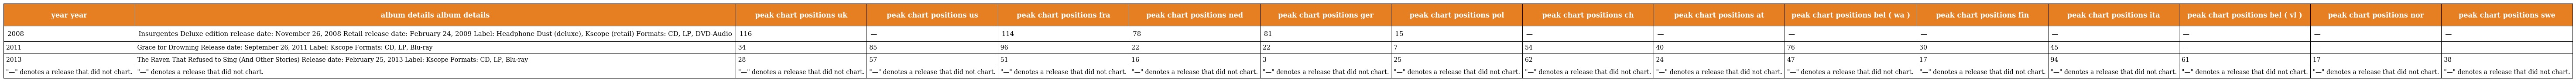
| year year | album details album details | peak chart positions uk | peak chart positions us | peak chart positions fra | peak chart positions ned | peak chart positions ger | peak chart positions pol | peak chart positions ch | peak chart positions at | peak chart positions bel ( wa ) | peak chart positions fin | peak chart positions ita | peak chart positions bel ( vl ) | peak chart positions nor | peak chart positions swe |
 | --- | --- | --- | --- | --- | --- | --- | --- | --- | --- | --- | --- | --- | --- | --- | --- |
 | 2008 | Insurgentes Deluxe edition release date: November 26, 2008 Retail release date: February 24, 2009 Label: Headphone Dust (deluxe), Kscope (retail) Formats: CD, LP, DVD-Audio | 116 | — | 114 | 78 | 81 | 15 | — | — | — | — | — | — | — | — |
 | 2011 | Grace for Drowning Release date: September 26, 2011 Label: Kscope Formats: CD, LP, Blu-ray | 34 | 85 | 96 | 22 | 22 | 7 | 54 | 40 | 76 | 30 | 45 | — | — | — |
 | 2013 | The Raven That Refused to Sing (And Other Stories) Release date: February 25, 2013 Label: Kscope Formats: CD, LP, Blu-ray | 28 | 57 | 51 | 16 | 3 | 25 | 62 | 24 | 47 | 17 | 94 | 61 | 17 | 38 |
 | "—" denotes a release that did not chart. | "—" denotes a release that did not chart. | "—" denotes a release that did not chart. | "—" denotes a release that did not chart. | "—" denotes a release that did not chart. | "—" denotes a release that did not chart. | "—" denotes a release that did not chart. | "—" denotes a release that did not chart. | "—" denotes a release that did not chart. | "—" denotes a release that did not chart. | "—" denotes a release that did not chart. | "—" denotes a release that did not chart. | "—" denotes a release that did not chart. | "—" denotes a release that did not chart. | "—" denotes a release that did not chart. | "—" denotes a release that did not chart. |